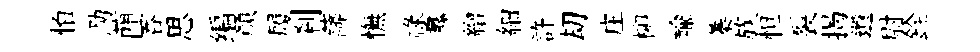
怕泐蕳吞思编顔履刹薩憮祿纛繒細許刧庄柳輸蓁族怛裂揭遺尉銓